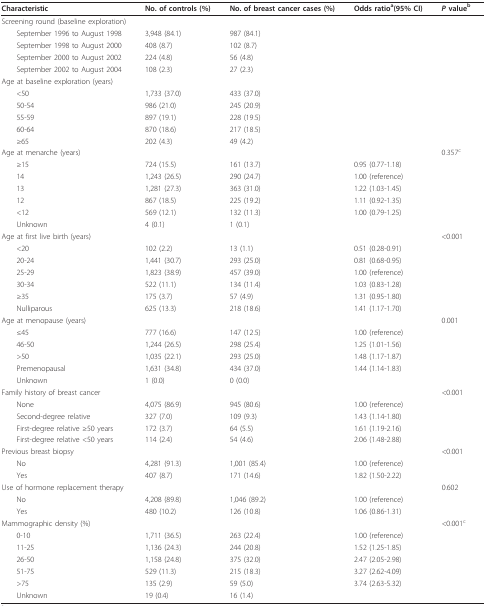
<table><thead><tr><td><b>Characteristic</b></td><td><b>No. of controls (%)</b></td><td><b>No. of breast cancer cases (%)</b></td><td><b>Odds ratio<sup>a</sup>(95% CI)</b></td><td><b><i>P </i>value<sup>b</sup></b></td></tr></thead><tbody><tr><td>Screening round (baseline exploration)</td><td></td><td></td><td></td><td></td></tr><tr><td> September 1996 to August 1998</td><td>3,948 (84.1)</td><td>987 (84.1)</td><td></td><td></td></tr><tr><td> September 1998 to August 2000</td><td>408 (8.7)</td><td>102 (8.7)</td><td></td><td></td></tr><tr><td> September 2000 to August 2002</td><td>224 (4.8)</td><td>56 (4.8)</td><td></td><td></td></tr><tr><td> September 2002 to August 2004</td><td>108 (2.3)</td><td>27 (2.3)</td><td></td><td></td></tr><tr><td>Age at baseline exploration (years)</td><td></td><td></td><td></td><td></td></tr><tr><td> &lt;50</td><td>1,733 (37.0)</td><td>433 (37.0)</td><td></td><td></td></tr><tr><td> 50-54</td><td>986 (21.0)</td><td>245 (20.9)</td><td></td><td></td></tr><tr><td> 55-59</td><td>897 (19.1)</td><td>228 (19.5)</td><td></td><td></td></tr><tr><td> 60-64</td><td>870 (18.6)</td><td>217 (18.5)</td><td></td><td></td></tr><tr><td> ≥65</td><td>202 (4.3)</td><td>49 (4.2)</td><td></td><td></td></tr><tr><td>Age at menarche (years)</td><td></td><td></td><td></td><td>0.357<sup>c</sup></td></tr><tr><td> ≥15</td><td>724 (15.5)</td><td>161 (13.7)</td><td>0.95 (0.77-1.18)</td><td></td></tr><tr><td> 14</td><td>1,243 (26.5)</td><td>290 (24.7)</td><td>1.00 (reference)</td><td></td></tr><tr><td> 13</td><td>1,281 (27.3)</td><td>363 (31.0)</td><td>1.22 (1.03-1.45)</td><td></td></tr><tr><td> 12</td><td>867 (18.5)</td><td>225 (19.2)</td><td>1.11 (0.92-1.35)</td><td></td></tr><tr><td> &lt;12</td><td>569 (12.1)</td><td>132 (11.3)</td><td>1.00 (0.79-1.25)</td><td></td></tr><tr><td> Unknown</td><td>4 (0.1)</td><td>1 (0.1)</td><td></td><td></td></tr><tr><td>Age at first live birth (years)</td><td></td><td></td><td></td><td>&lt;0.001</td></tr><tr><td> &lt;20</td><td>102 (2.2)</td><td>13 (1.1)</td><td>0.51 (0.28-0.91)</td><td></td></tr><tr><td> 20-24</td><td>1,441 (30.7)</td><td>293 (25.0)</td><td>0.81 (0.68-0.95)</td><td></td></tr><tr><td> 25-29</td><td>1,823 (38.9)</td><td>457 (39.0)</td><td>1.00 (reference)</td><td></td></tr><tr><td> 30-34</td><td>522 (11.1)</td><td>134 (11.4)</td><td>1.03 (0.83-1.28)</td><td></td></tr><tr><td> ≥35</td><td>175 (3.7)</td><td>57 (4.9)</td><td>1.31 (0.95-1.80)</td><td></td></tr><tr><td> Nulliparous</td><td>625 (13.3)</td><td>218 (18.6)</td><td>1.41 (1.17-1.70)</td><td></td></tr><tr><td>Age at menopause (years)</td><td></td><td></td><td></td><td>0.001</td></tr><tr><td> ≤45</td><td>777 (16.6)</td><td>147 (12.5)</td><td>1.00 (reference)</td><td></td></tr><tr><td> 46-50</td><td>1,244 (26.5)</td><td>298 (25.4)</td><td>1.25 (1.01-1.56)</td><td></td></tr><tr><td> &gt;50</td><td>1,035 (22.1)</td><td>293 (25.0)</td><td>1.48 (1.17-1.87)</td><td></td></tr><tr><td> Premenopausal</td><td>1,631 (34.8)</td><td>434 (37.0)</td><td>1.44 (1.14-1.83)</td><td></td></tr><tr><td> Unknown</td><td>1 (0.0)</td><td>0 (0.0)</td><td></td><td></td></tr><tr><td>Family history of breast cancer</td><td></td><td></td><td></td><td>&lt;0.001</td></tr><tr><td> None</td><td>4,075 (86.9)</td><td>945 (80.6)</td><td>1.00 (reference)</td><td></td></tr><tr><td> Second-degree relative</td><td>327 (7.0)</td><td>109 (9.3)</td><td>1.43 (1.14-1.80)</td><td></td></tr><tr><td> First-degree relative ≥50 years</td><td>172 (3.7)</td><td>64 (5.5)</td><td>1.61 (1.19-2.16)</td><td></td></tr><tr><td> First-degree relative &lt;50 years</td><td>114 (2.4)</td><td>54 (4.6)</td><td>2.06 (1.48-2.88)</td><td></td></tr><tr><td>Previous breast biopsy</td><td></td><td></td><td></td><td>&lt;0.001</td></tr><tr><td> No</td><td>4,281 (91.3)</td><td>1,001 (85.4)</td><td>1.00 (reference)</td><td></td></tr><tr><td> Yes</td><td>407 (8.7)</td><td>171 (14.6)</td><td>1.82 (1.50-2.22)</td><td></td></tr><tr><td>Use of hormone replacement therapy</td><td></td><td></td><td></td><td>0.602</td></tr><tr><td> No</td><td>4,208 (89.8)</td><td>1,046 (89.2)</td><td>1.00 (reference)</td><td></td></tr><tr><td> Yes</td><td>480 (10.2)</td><td>126 (10.8)</td><td>1.06 (0.86-1.31)</td><td></td></tr><tr><td>Mammographic density (%)</td><td></td><td></td><td></td><td>&lt;0.001<sup>c</sup></td></tr><tr><td> 0-10</td><td>1,711 (36.5)</td><td>263 (22.4)</td><td>1.00 (reference)</td><td></td></tr><tr><td> 11-25</td><td>1,136 (24.3)</td><td>244 (20.8)</td><td>1.52 (1.25-1.85)</td><td></td></tr><tr><td> 26-50</td><td>1,158 (24.8)</td><td>375 (32.0)</td><td>2.47 (2.05-2.98)</td><td></td></tr><tr><td> 51-75</td><td>529 (11.3)</td><td>215 (18.3)</td><td>3.27 (2.62-4.09)</td><td></td></tr><tr><td> &gt;75</td><td>135 (2.9)</td><td>59 (5.0)</td><td>3.74 (2.63-5.32)</td><td></td></tr><tr><td> Unknown</td><td>19 (0.4)</td><td>16 (1.4)</td><td></td><td></td></tr></tbody></table>